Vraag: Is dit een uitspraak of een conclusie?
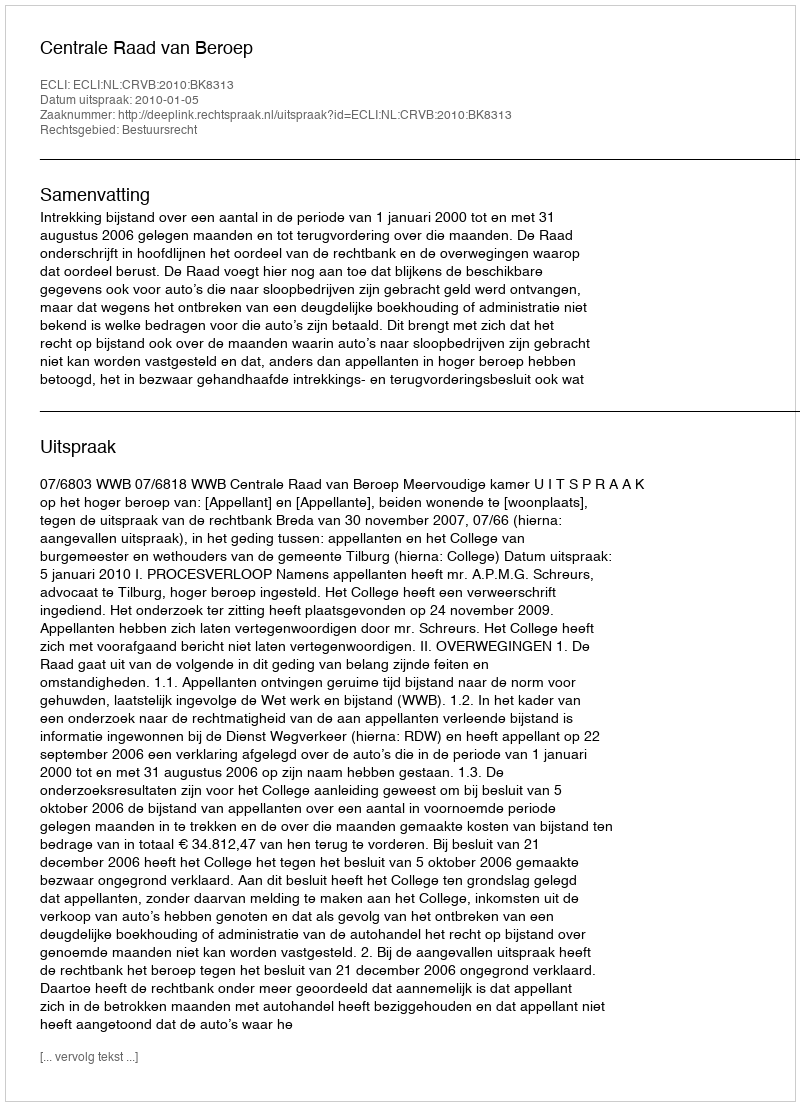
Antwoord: Uitspraak